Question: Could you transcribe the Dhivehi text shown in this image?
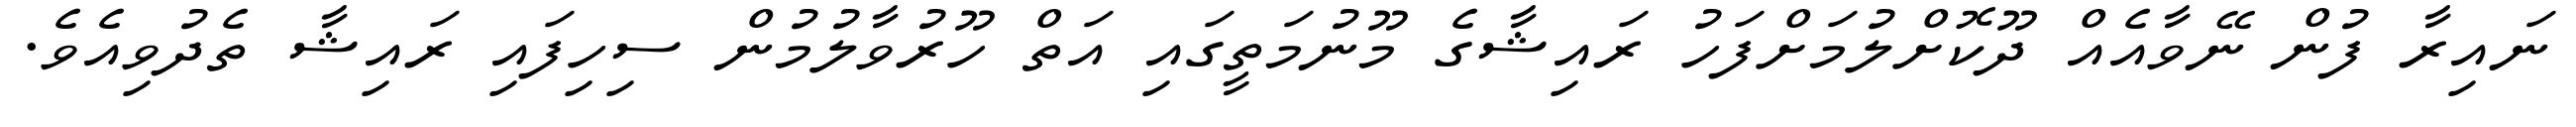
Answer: ނައިރާ ފުން ނޭވާއެއް ދޫކޮށްލުމަށްފަހު ރައިޝާގެ މޫނުމަތީގައި އަތް ހޫރުވާލުމުން ސިހިފައި ރައިޝާ ތެދުވިއެވެ.